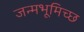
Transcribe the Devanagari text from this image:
जन्मभूमिच्छ